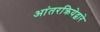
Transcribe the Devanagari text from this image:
आंतरक्रियेद्वारे